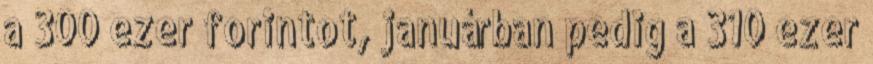
a 300 ezer forintot, januárban pedig a 310 ezer